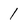
Character: 1